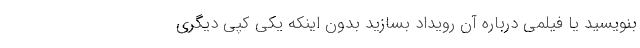
بنویسید یا فیلمی درباره آن رویداد بسازید بدون اینکه یکی کپی دیگری